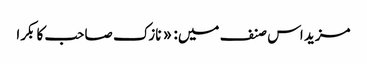
مزید اس صنف میں: « نازک صاحب کا بکرا